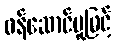
ဝန်ဆောင်မှုဖြင့်